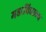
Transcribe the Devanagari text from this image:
महाविद्याल्य